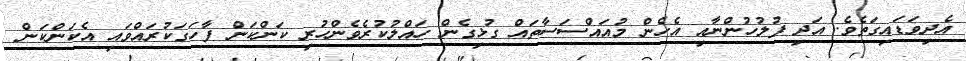
އެދިވަޑައިގަތެވެ. އަދި ފުލުހުންނާއި އެހެން މުއައްސަސާތައް ގުޅިގެން ހައްލުކުރެވެންހުރި ކަންކަން ފާހަގަކުރައްވައި އެކަންކަން